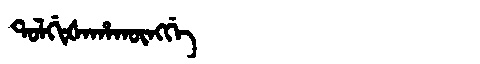
Manchu: ᡨᠣᠯᡤᡳᡧᠠᡥᠠᡴᡡᠩᡤᡝ
Romanization: TOLGIŠAHAKŪNGGE